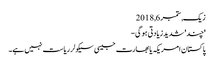
زیک, ‏ستمبر 6, 2018
'چند' شدید زیادتی ہو گی-
پاکستان امریکہ یا بھارت جیسی سیکولر ریاست نہیں ہے۔